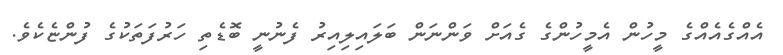
އެއްގެއެއްގެ މީހުން އެމީހުންގެ ގެއަށް ވަންނަން ބަލައިލިއިރު ފެނުނީ ބޮޑެތި ހަރުފަތަކުގެ ފުންޏެކެވެ.